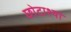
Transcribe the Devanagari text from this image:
छोटाश्या